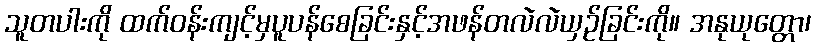
သူတပါးကို ထက်ဝန်းကျင့်မှပူပန်စေခြင်းနှင့်အဖန်တလဲလဲယှဉ်ခြင်းကို။ အနုယုတ္တော၊